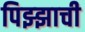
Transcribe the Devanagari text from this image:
पिझ्झाची